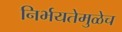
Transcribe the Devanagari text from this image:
निर्भयतेमुळेच